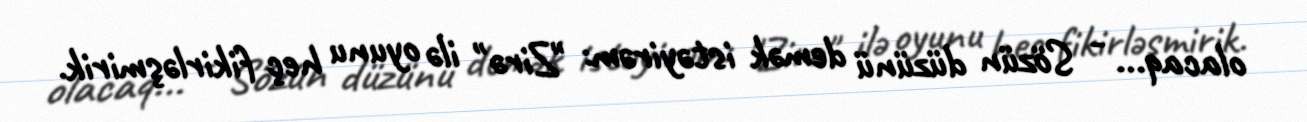
olacaq... - Sözün düzünü demək istəyirəm: "Zirə" ilə oyunu heç fikirləşmirik.